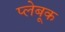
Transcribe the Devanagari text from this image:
प्लेबूक